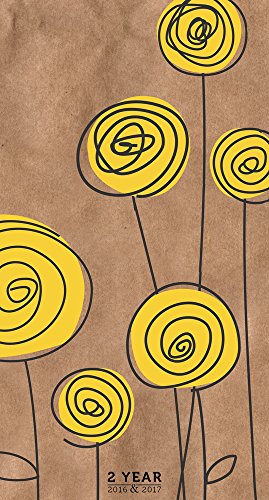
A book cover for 2016-2017 Kraft Flowers 2 Year Pocket Calendar; TF Publishing; Calendars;